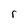
Character: r